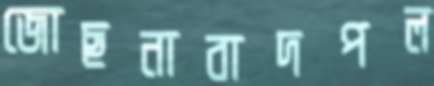
জোছনাবাদপল